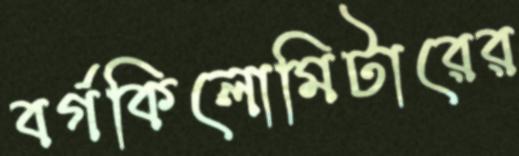
বর্গকিলোমিটারের